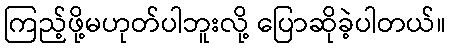
ကြည့်ဖို့မဟုတ်ပါဘူးလို့ ပြောဆိုခဲ့ပါတယ်။